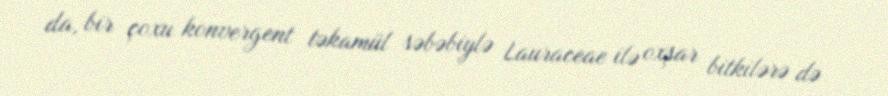
da, bir çoxu konvergent təkamül səbəbiylə Lauraceae ilə oxşar bitkilərə də